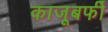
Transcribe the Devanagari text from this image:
काजूबर्फी